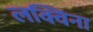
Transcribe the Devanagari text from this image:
लक्विना